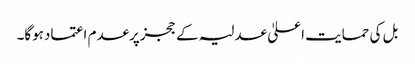
بل کی حمایت اعلیٰ عدلیہ کے ججزپرعدم اعتمادہوگا۔